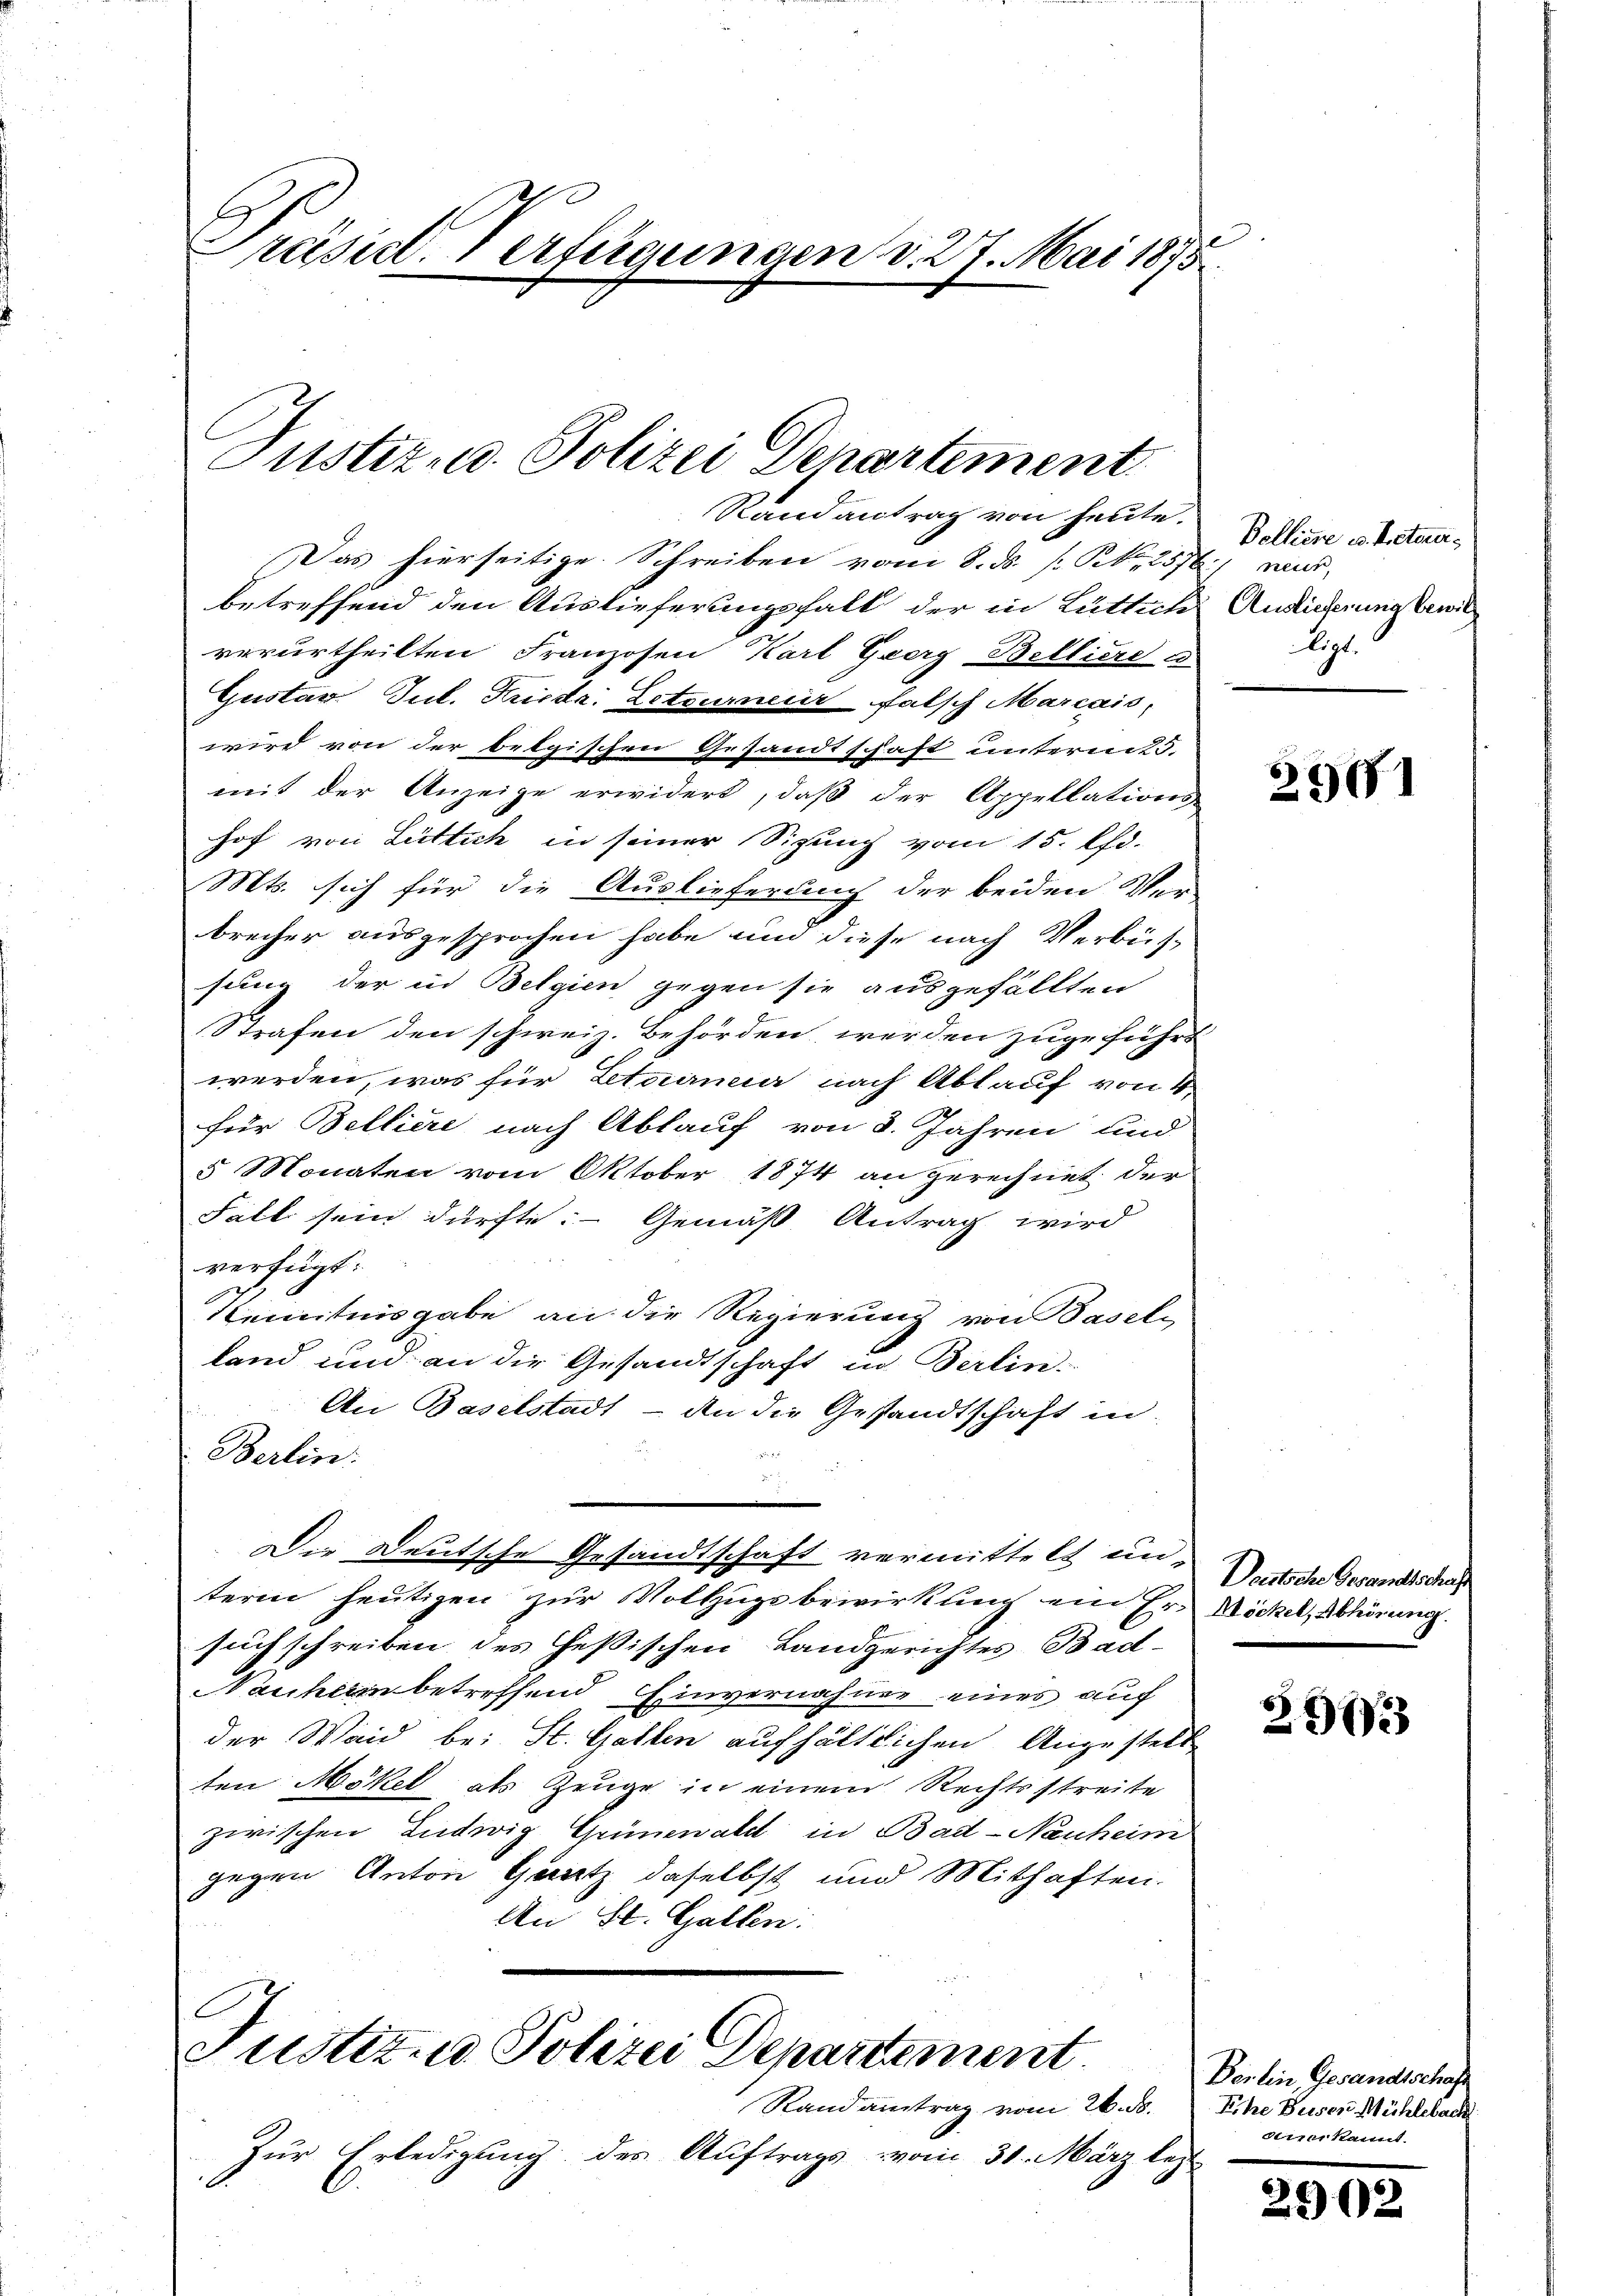
Preisirt. 1 erteigungen d. 27. Mai 1875

Justiz- u. Polizei Departement
Randantrag von heute.

Das hierseitige Schreiben vom 8. ds. [Kk. 2576) wir
betreffend den Auslieferungsfall der in Lüttich Anlieferungsbewil
verurtheilten Franzosen Karl Georg Belliere a
Gustav Jul. Kristr. Letournir falsch Marcais,
wird von der belgischen Gesandtschaft unterent 5.
mit der Anzeige erwidert, daß der Appellations-
hof von Lüttich in seiner Sizung vom 15. Pho-
Mts. sich für die Auslieferung der beiden Ver-
brecher ausgesprochen habe und diese nach Verbüssung der in Belgien gegen sie ausgefällten
Strafen den schweiz. Behörden werden zugeführt
werden, was für Letaancier nach Ablauf von 4
für Belliere nach Ablauf von 8. Jahren und
5 Monaten vom Oktober 1874 an gerechnet der
Fall sein dürfte. - Gemäß Antrag wird
verfügt:
Kenntnisgabe an die Regierung von Basel-
land und an die Gesandtschaft in Berlin-
An Baselstadt - An die Gestandtschaft in
Berlin:
Die Deutsche Gesandtschaft vermittelt un
term heutigen zur Vollzugsbewirkung ein Er-Röckel, Abhörung
such schreiben des Heßischen Landgerichtes Bad-
Nauherin betreffend Einvernahme eines auf
der Waid bei St. Gallen aufhältlichen Angestell
ten Mokel als Zeuge in einem Rechtsstreite
zwischen Ludwig Grünewald in Bad-Nauheim
gegen Anton Gantz daselbst und Mithaften.
An St. Gallen:

Justiz- u. Polizei Departement

Rand antrag vom 26. ds.
Zur Erledigung des Auftrags vom 31. März lezt
1

Bolliere v. Rectoris
ligt.

2901

Deutsche Gesandtschaft

29633

Berlin, Gesandtschaft
Eine Busen Mühlebach
deiner kannt.

2900